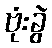
ဗုံးခွဲ